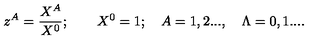
z ^ { A } = { \frac { X ^ { A } } { X ^ { 0 } } } ; \qquad X ^ { 0 } = 1 ; \quad A = 1 , 2 . . . , \quad \Lambda = 0 , 1 . . . .